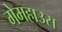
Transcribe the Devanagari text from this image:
गेमहाउस